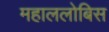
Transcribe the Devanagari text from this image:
महाललोबिस